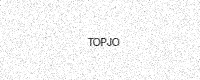
Text: TOPJO